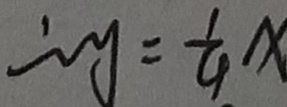
\therefore y = \frac { 1 } { 4 } x